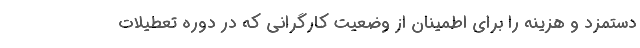
دستمزد و هزینه را برای اطمینان از وضعیت کارگرانی که در دوره تعطیلات